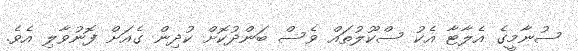
ސުނާމީގެ އެލާޓާ އެކު ސްކޫލުތައް ވެސް ބަންދުކޮށް ކުދިން ގެއަށް ފޮނުވާލި އެވެ.